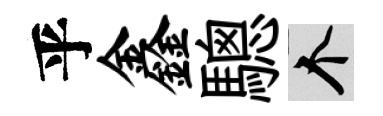
乎鑫驄个